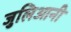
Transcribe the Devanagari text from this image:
जुलिआनी